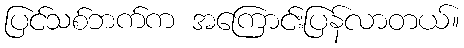
ပြင်သစ်ဘက်က အကြောင်းပြန်လာတယ်။